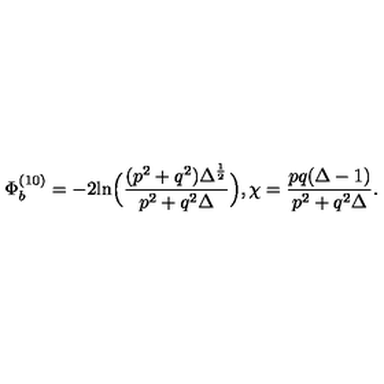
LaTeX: \Phi _ { b } ^ { ( 1 0 ) } = - 2 \mathrm { l n } \Big ( { \frac { ( p ^ { 2 } + q ^ { 2 } ) \Delta ^ { \frac { 1 } { 2 } } } { p ^ { 2 } + q ^ { 2 } \Delta } } \Big ) , \chi = { \frac { p q ( \Delta - 1 ) } { p ^ { 2 } + q ^ { 2 } \Delta } } .